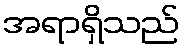
အရာရှိသည်